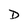
Character: D